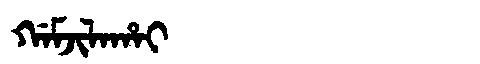
Manchu: ᡤᠠᠮᠵᡳᠯᠠᡥᠠᡳ
Romanization: GAMJILAHAI